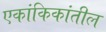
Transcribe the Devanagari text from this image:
एकांकिकांतील